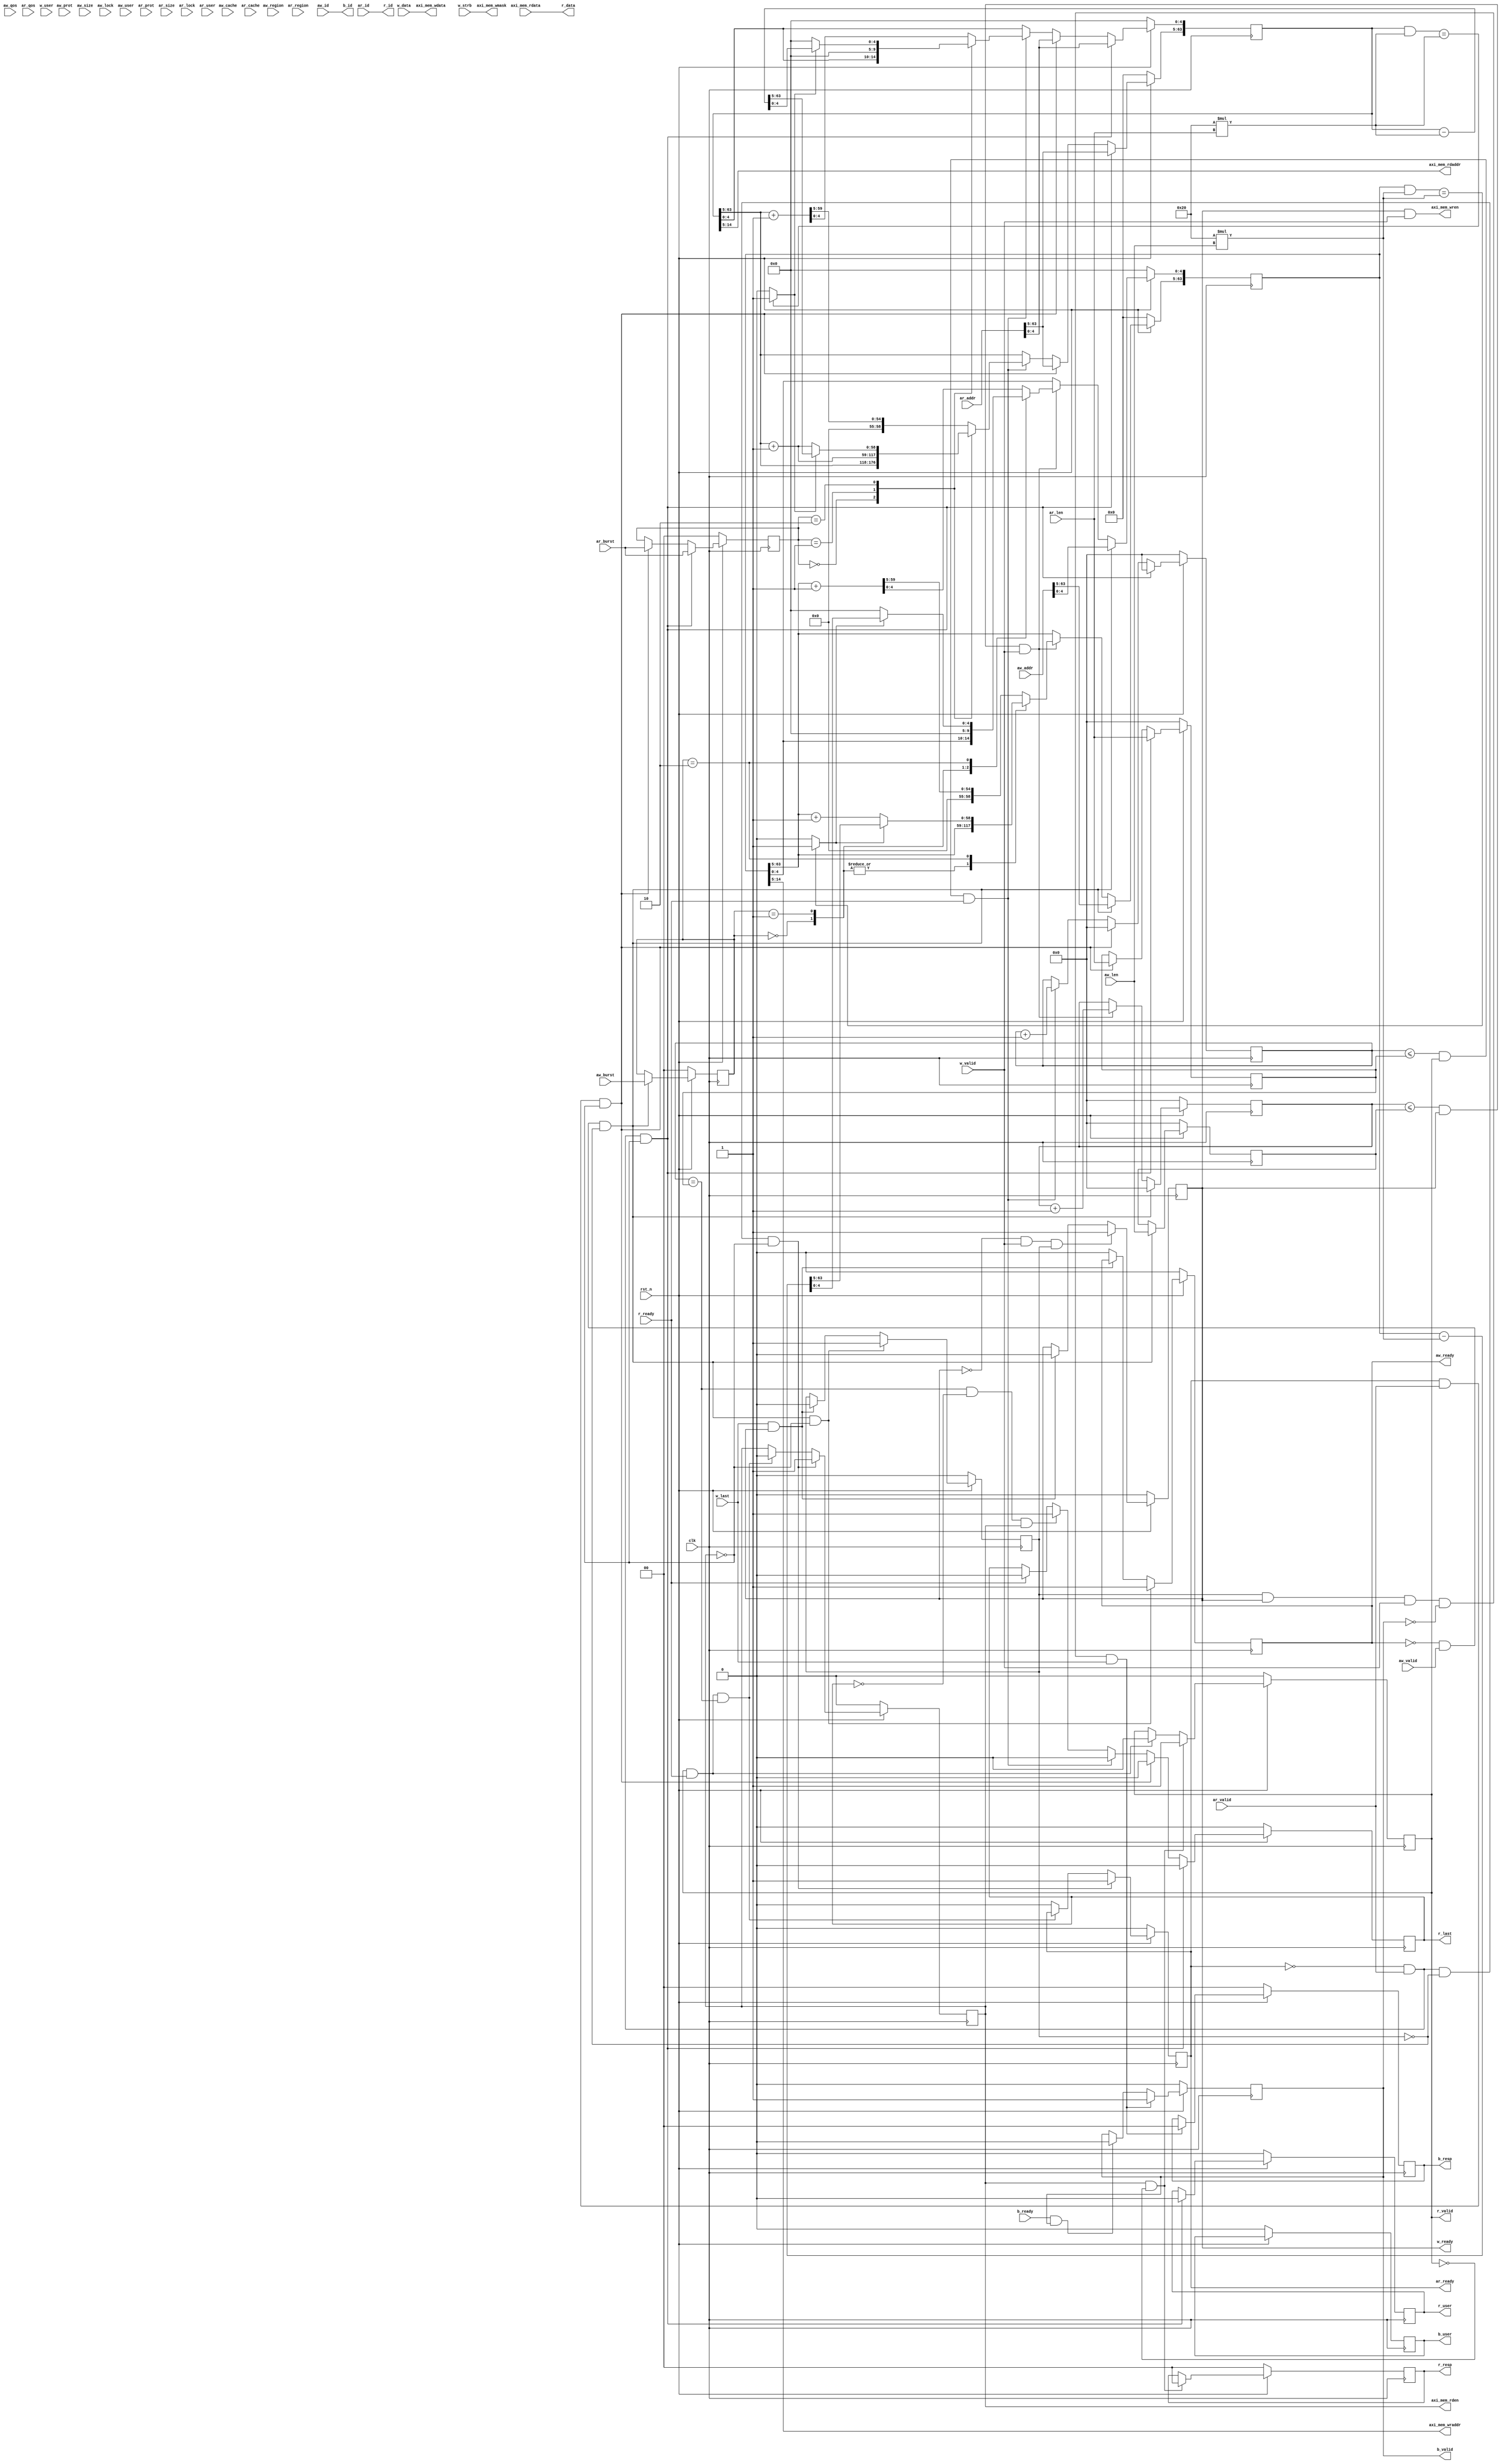
`timescale 1ns / 1ps

module axi_slave_mem #(
  //AXI-4
  parameter AXI_DATA_WIDTH      = 256,
  parameter AXI_ADDR_WIDTH      = 64,
  parameter AXI_ID_WIDTH        = 4,
  parameter AXI_STRB_WIDTH      = AXI_DATA_WIDTH/8,
  parameter AXI_USER_WIDTH      = 1,

  //Buffer Size
  parameter WRITE_BUFFER_SIZE   = 32*1024,  //Byte
  parameter READ_BUFFER_SIZE    = 32*1024,  //Byte

  parameter ADDR_LSB = $clog2(AXI_DATA_WIDTH/8),
  parameter AXI_WR_ADDR_BITS    = $clog2(WRITE_BUFFER_SIZE) - ADDR_LSB,
  parameter AXI_RD_ADDR_BITS    = $clog2(READ_BUFFER_SIZE) - ADDR_LSB
)
(
  //AXI-4 Slave Signals
  input wire                        clk,
  input wire                        rst_n,

  input wire [AXI_ADDR_WIDTH-1:0]   aw_addr,
  input wire [2:0]                  aw_prot,
  input wire [3:0]                  aw_region,
  input wire [7:0]                  aw_len,
  input wire [2:0]                  aw_size,
  input wire [1:0]                  aw_burst,
  input wire                        aw_lock,
  input wire [3:0]                  aw_cache,
  input wire [3:0]                  aw_qos,
  input wire [AXI_ID_WIDTH-1:0]     aw_id,
  input wire [AXI_USER_WIDTH-1:0]   aw_user,
  output wire                       aw_ready,
  input wire                        aw_valid,

  input wire [AXI_ADDR_WIDTH-1:0]   ar_addr,
  input wire [2:0]                  ar_prot,
  input wire [3:0]                  ar_region,
  input wire [7:0]                  ar_len,
  input wire [2:0]                  ar_size,
  input wire [1:0]                  ar_burst,
  input wire                        ar_lock,
  input wire [3:0]                  ar_cache,
  input wire [3:0]                  ar_qos,
  input wire [AXI_ID_WIDTH-1:0]     ar_id,
  input wire [AXI_USER_WIDTH-1:0]   ar_user,
  output wire                       ar_ready,
  input wire                        ar_valid,

  input wire                        w_valid,
  input wire [AXI_DATA_WIDTH-1:0]   w_data,
  input wire [AXI_STRB_WIDTH-1:0]   w_strb,
  input wire [AXI_USER_WIDTH-1:0]   w_user,
  input wire                        w_last,
  output wire                       w_ready,

  output wire [AXI_DATA_WIDTH-1:0]  r_data,
  output wire [1:0]                 r_resp,
  output wire                       r_last,
  output wire [AXI_ID_WIDTH-1:0]    r_id,
  output wire [AXI_USER_WIDTH-1:0]  r_user,
  input wire                        r_ready,
  output wire                       r_valid,

  output wire [1:0]                 b_resp,
  output wire [AXI_ID_WIDTH-1:0]    b_id,
  output wire [AXI_USER_WIDTH-1:0]  b_user,
  input wire                        b_ready,
  output wire                       b_valid,

  // mem ports
  output [AXI_WR_ADDR_BITS-1:0] axi_mem_wraddr,
  output [AXI_RD_ADDR_BITS-1:0] axi_mem_rdaddr,
  output                        axi_mem_rden,
  output                        axi_mem_wren,
  output [AXI_STRB_WIDTH-1:0]   axi_mem_wmask,
  output [AXI_DATA_WIDTH-1:0]   axi_mem_wdata,
  input  [AXI_DATA_WIDTH-1:0]   axi_mem_rdata
);

  //AXI4 signals
  reg [AXI_ADDR_WIDTH-1:0] sig_aw_addr;
  reg                      sig_aw_ready;
  reg [1:0]                sig_aw_burst;
  reg [7:0]                sig_aw_len;
  reg                      sig_w_ready;
  reg [1:0]                sig_b_resp;
  reg [AXI_USER_WIDTH-1:0] sig_b_user;
  reg                      sig_b_valid;
  reg [AXI_ADDR_WIDTH-1:0] sig_ar_addr;
  reg                      sig_ar_ready;
  reg [1:0]                sig_ar_burst;
  reg [7:0]                sig_ar_len;
  reg [AXI_DATA_WIDTH-1:0] sig_r_data;
  reg [1:0]                sig_r_resp;
  reg                      sig_r_last;
  reg [AXI_USER_WIDTH-1:0] sig_r_user;
  reg                      sig_r_valid;

  wire aw_wrap_en, ar_wrap_en;  //determines wrap boundary and enables wrapping
  wire [31:0] aw_wrap_size, ar_wrap_size; //the size of write/read transfer
  reg axi_awv_awr_flag, axi_arv_arr_flag; //marks the presence of write/read address valid
  reg [7:0] aw_len_cntr, ar_len_cntr; //to keep track of beats in a burst transaction

  // I/O Connections assignments
  assign aw_ready = sig_aw_ready;
  assign w_ready  = sig_w_ready;
  assign b_resp   = sig_b_resp;
  assign b_user   = sig_b_user;
  assign b_valid  = sig_b_valid;
  assign ar_ready = sig_ar_ready;
  assign r_data   = axi_mem_rdata;
  assign r_resp   = sig_r_resp;
  assign r_last   = sig_r_last;
  assign r_user   = sig_r_user;
  assign r_valid  = sig_r_valid;
  assign b_id     = aw_id;
  assign r_id     = ar_id;
  //could be optimized
  assign aw_wrap_size = (AXI_DATA_WIDTH/8 * (aw_len));
  assign ar_wrap_size = (AXI_DATA_WIDTH/8 * (ar_len));
  assign aw_wrap_en   = ((sig_aw_addr & aw_wrap_size) == aw_wrap_size) ? 1'b1 : 1'b0;
  assign ar_wrap_en   = ((sig_ar_addr & ar_wrap_size) == ar_wrap_size) ? 1'b1 : 1'b0;

  //function for calculating log2
  // function integer $clog2 (input integer depth);
  //   begin
  //     depth = depth - 1;
  //     for ($clog2=0; depth>0; $clog2=$clog2+1)
  //       depth = depth >>1;
  //     end
  // endfunction

  //Implement aw_ready generation
  //aw_ready is asserted for one clk clock cycle when both
  //aw_valid and w_valid are asserted.
  //aw_ready is de-asserted when reset is low.

  always @ (posedge clk) begin
    if (rst_n == 1'b0) begin
      sig_aw_ready <= 1'b0;
      axi_awv_awr_flag <= 1'b0;
    end else begin
      if (~sig_aw_ready && aw_valid && ~axi_awv_awr_flag && ~axi_arv_arr_flag) begin
        sig_aw_ready <= 1'b1;
        axi_awv_awr_flag <= 1'b1;
      end else if (w_last && sig_w_ready) begin
        axi_awv_awr_flag <= 1'b0;
      end else begin
        sig_aw_ready <= 1'b0;
      end
    end
  end

  //Implement aw_addr latching
  //This process is used to latch the address when both
  //aw_valid and  w_valid are valid.

  always @ (posedge clk) begin
    if (rst_n == 1'b0) begin
      sig_aw_addr <= 0;
      aw_len_cntr <= 0;
      sig_aw_burst <= 0;
      sig_aw_len <= 0;
    end else begin
      if (~sig_aw_ready && aw_valid && ~axi_awv_awr_flag) begin
        sig_aw_addr <= aw_addr[AXI_ADDR_WIDTH-1:0];
        sig_aw_burst <= aw_burst;
        sig_aw_len <= aw_len;
        aw_len_cntr <= 0;
      end else if ((aw_len_cntr <= sig_aw_len) && sig_w_ready && w_valid) begin
        aw_len_cntr <= aw_len_cntr + 1;
        case (sig_aw_burst)
          2'b00:  //fixed burst
            begin
              sig_aw_addr <= sig_aw_addr;
            end
          2'b01:  //incremental burst
            begin
              sig_aw_addr[AXI_ADDR_WIDTH-1:ADDR_LSB]  <= sig_aw_addr[AXI_ADDR_WIDTH-1:ADDR_LSB];
              sig_aw_addr[ADDR_LSB-1:0] <= {ADDR_LSB{1'b0}};
            end
          2'b10:  //wrapping burst
            begin
              if (aw_wrap_en) begin
                sig_aw_addr <= (sig_aw_addr - aw_wrap_size);
              end else begin
                sig_aw_addr[AXI_ADDR_WIDTH-1:ADDR_LSB] <= sig_aw_addr[AXI_ADDR_WIDTH-1:ADDR_LSB] + 1;
                sig_aw_addr[ADDR_LSB-1:0] <= {ADDR_LSB{1'b0}};
              end
            end
          default:  //reserved
           begin
             sig_aw_addr <= sig_aw_addr[AXI_ADDR_WIDTH-1:ADDR_LSB] + 1;
           end
        endcase
      end
    end
  end

  //Implement w_ready generation
  //w_ready is asserted for one clk clock cycle when both
  //aw_valid and w_valid are asserted.
  //w_ready is de-asserted when reset is low.

  always @ (posedge clk) begin
    if (rst_n == 1'b0) begin
      sig_w_ready <= 1'b0;
    end else begin
      if (~sig_w_ready && w_valid && axi_awv_awr_flag) begin
        sig_w_ready <= 1'b1;
      end else if (w_last && sig_w_ready) begin
        sig_w_ready <= 1'b0;
      end
    end
  end

  //Implement write response logic generation
  //The write response and response valid signals are
  //asserted by the slave.

  always @ (posedge clk) begin
    if (rst_n == 1'b0) begin
      sig_b_valid <= 0;
      sig_b_resp <= 2'b0;
      sig_b_user <= 0;
    end else begin
      if (axi_awv_awr_flag && sig_w_ready && w_valid && ~sig_b_valid && w_last) begin
        sig_b_valid <= 1'b1;
        sig_b_resp <= 2'b0;
      end else begin
        if(b_ready && sig_b_valid) begin
          sig_b_valid <= 1'b0;
        end
      end
    end
  end

  //Implement ar_ready generation
  //ar_ready is asserted for one clk clock cycle when
  //ar_valid is asserted.
  //The read address is also latched when ar_valid is
  //asserted. ar_addr is reset to zero on reset assertion.

  always @ (posedge clk) begin
    if (rst_n == 1'b0) begin
      sig_ar_ready <= 1'b0;
      axi_arv_arr_flag <= 1'b0;
    end else begin
      if (~sig_ar_ready && ar_valid && ~axi_awv_awr_flag && ~axi_arv_arr_flag) begin
        sig_ar_ready <= 1'b1;
        axi_arv_arr_flag <= 1'b1;
      end else if (sig_r_valid && r_ready && ar_len_cntr == sig_ar_len) begin
        axi_arv_arr_flag <= 1'b0;
      end else begin
        sig_ar_ready <= 1'b0;
      end
    end
  end

  //Implement ar_addr latching
  //This process is used to latch the address when both
  //ar_vaild and r_valid are valid.

  always @ (posedge clk) begin
    if (rst_n == 1'b0) begin
      sig_ar_addr <= 0;
      ar_len_cntr <= 0;
      sig_ar_burst <= 0;
      sig_ar_len <= 0;
      sig_r_last <= 1'b0;
      sig_r_user <= 0;
    end else begin
      if (~sig_ar_ready && ar_valid && ~axi_arv_arr_flag) begin
        sig_ar_addr <= ar_addr[AXI_ADDR_WIDTH-1:0];
        sig_ar_burst <= ar_burst;
        sig_ar_len <= ar_len;
        ar_len_cntr <= 0;
        sig_r_last <= 1'b0;
        sig_r_user <= 0;
      end else begin
        if (sig_ar_ready && ar_valid && ~axi_arv_arr_flag) begin
          sig_ar_addr <= ar_addr[AXI_ADDR_WIDTH-1:0];
          sig_ar_burst <= ar_burst;
          sig_ar_len <= ar_len;
          ar_len_cntr <= 0;
          sig_r_last <= 1'b0;
        end else if ((ar_len_cntr <= sig_ar_len) && sig_r_valid && r_ready) begin
          ar_len_cntr <= ar_len_cntr + 1;
          sig_r_last <= 1'b0;
          case (sig_ar_burst)
            2'b00:  //fixed burst
             begin
               sig_ar_addr <= sig_ar_addr;
             end
            2'b01:  //incremental burst
              begin
                sig_ar_addr[AXI_ADDR_WIDTH-1:ADDR_LSB] <= sig_ar_addr[AXI_ADDR_WIDTH-1:ADDR_LSB] + 1;
                sig_ar_addr[ADDR_LSB-1:0] <= {ADDR_LSB{1'b0}};
              end
            2'b10:  //Wrapping burst
              begin
                if (ar_wrap_en) begin
                  sig_ar_addr <= (sig_ar_addr - ar_wrap_size);
                end else begin
                  sig_ar_addr[AXI_ADDR_WIDTH-1:ADDR_LSB] <= sig_ar_addr[AXI_ADDR_WIDTH-1:ADDR_LSB] + 1;
                  sig_ar_addr[ADDR_LSB-1:0] <= {ADDR_LSB{1'b0}};
                end
              end
            default:  //reserved
              begin
                sig_ar_addr <= sig_ar_addr[AXI_ADDR_WIDTH-1:ADDR_LSB] + 1;
              end
          endcase
        end else if ((ar_len_cntr == sig_ar_len) && ~sig_r_last && axi_arv_arr_flag) begin
          sig_r_last <= 1'b1;
        end else if (r_ready) begin
          sig_r_last <= 1'b0;
        end
      end
    end
  end

  //Implement r_valid generation
  //r_valid is asserted for one clk clock cycle when both
  //ar_valid and ar_ready are asserted.

  always @ (posedge clk) begin
    if (rst_n == 1'b0) begin
      sig_r_valid <= 0;
      sig_r_resp <= 0;
    end else begin
      if (axi_arv_arr_flag && ~sig_r_valid) begin
        sig_r_valid <= 1'b1;
        sig_r_resp <= 2'b0;
      end else if (sig_r_valid && r_ready) begin
        sig_r_valid <= 1'b0;
      end
    end
  end

  //Buffer Interface Singals Generation
  assign axi_mem_wraddr = sig_aw_addr[AXI_WR_ADDR_BITS+ADDR_LSB-1:ADDR_LSB];
  assign axi_mem_rdaddr = sig_ar_addr[AXI_RD_ADDR_BITS+ADDR_LSB-1:ADDR_LSB];
  assign axi_mem_wren   = sig_w_ready && w_valid;
  assign axi_mem_rden   = axi_arv_arr_flag;
  assign axi_mem_wmask  = w_strb;
  assign axi_mem_wdata  = w_data;

endmodule